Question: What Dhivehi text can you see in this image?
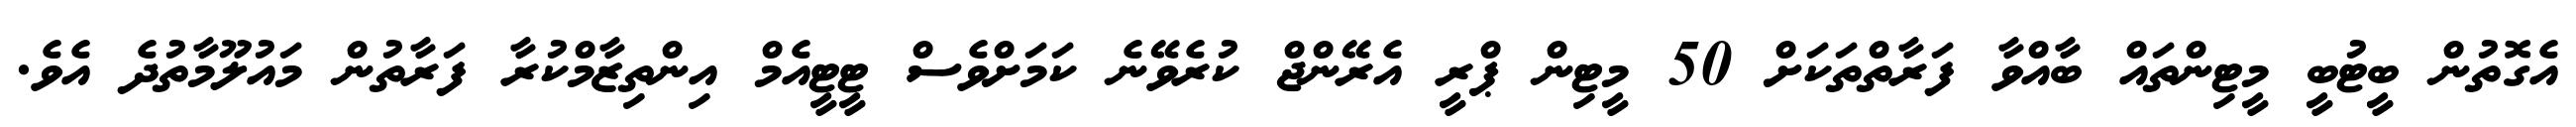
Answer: އެގޮތުން ބީޓުބީ މީޓިންތައް ބާއްވާ ފަރާތްތަކަށް 50 މީޓިން ޕްރީ އެރޭންޖް ކުރެވޭނެ ކަމަށްވެސް ޓީޓީއެމް އިންތިޒާމްކުރާ ފަރާތުން މައުލޫމާތުދެ އެވެ.